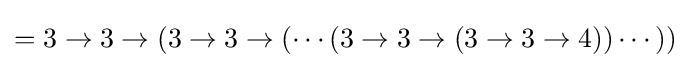
=3\rightarrow 3\rightarrow (3\rightarrow 3\rightarrow (\cdots (3\rightarrow 3\rightarrow (3\rightarrow 3\rightarrow 4))\cdots ))